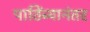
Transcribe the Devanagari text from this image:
पाठिंब्यानंतर